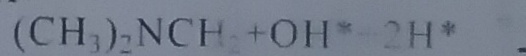
( C H _ { 3 } ) _ { 2 } N C H + O H \ast 2 H \ast